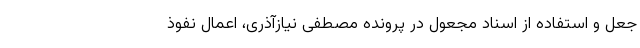
جعل و استفاده از اسناد مجعول در پرونده مصطفی نیازآذری، اعمال نفوذ